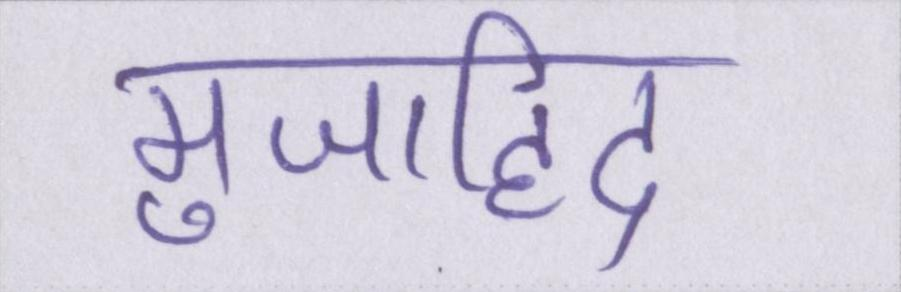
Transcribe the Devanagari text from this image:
मुजाहिद